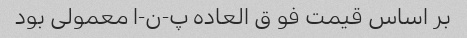
بر اساس قیمت فو ق العاده پ-ن-ا معمولی بود